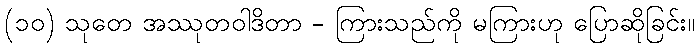
(၁၀) သုတေ အဿုတဝါဒိတာ - ကြားသည်ကို မကြားဟု ပြောဆိုခြင်း။